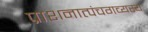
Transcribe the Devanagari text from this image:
प्राशनात्पंचगव्यस्य